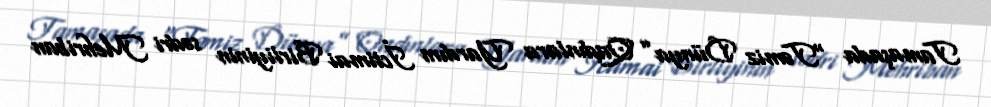
Tamaşada “Təmiz Dünya” Qadınlara Yardım İctimai Birliyinin sədri Mehriban